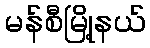
မန်စီမြို့နယ်